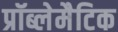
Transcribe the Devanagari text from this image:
प्रॉब्लेमैटिक